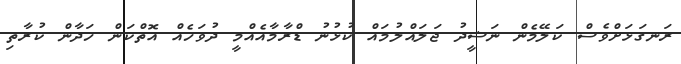
ރަނގަޅަށްވެސް ކަލޭމެން ނަޝީދު ޖަލައްލުމައް ކުޅުނު ޑްރާމާއެއްމީ ދުވަހެއް އޮތްކަން ހަދާން ކުރާތި